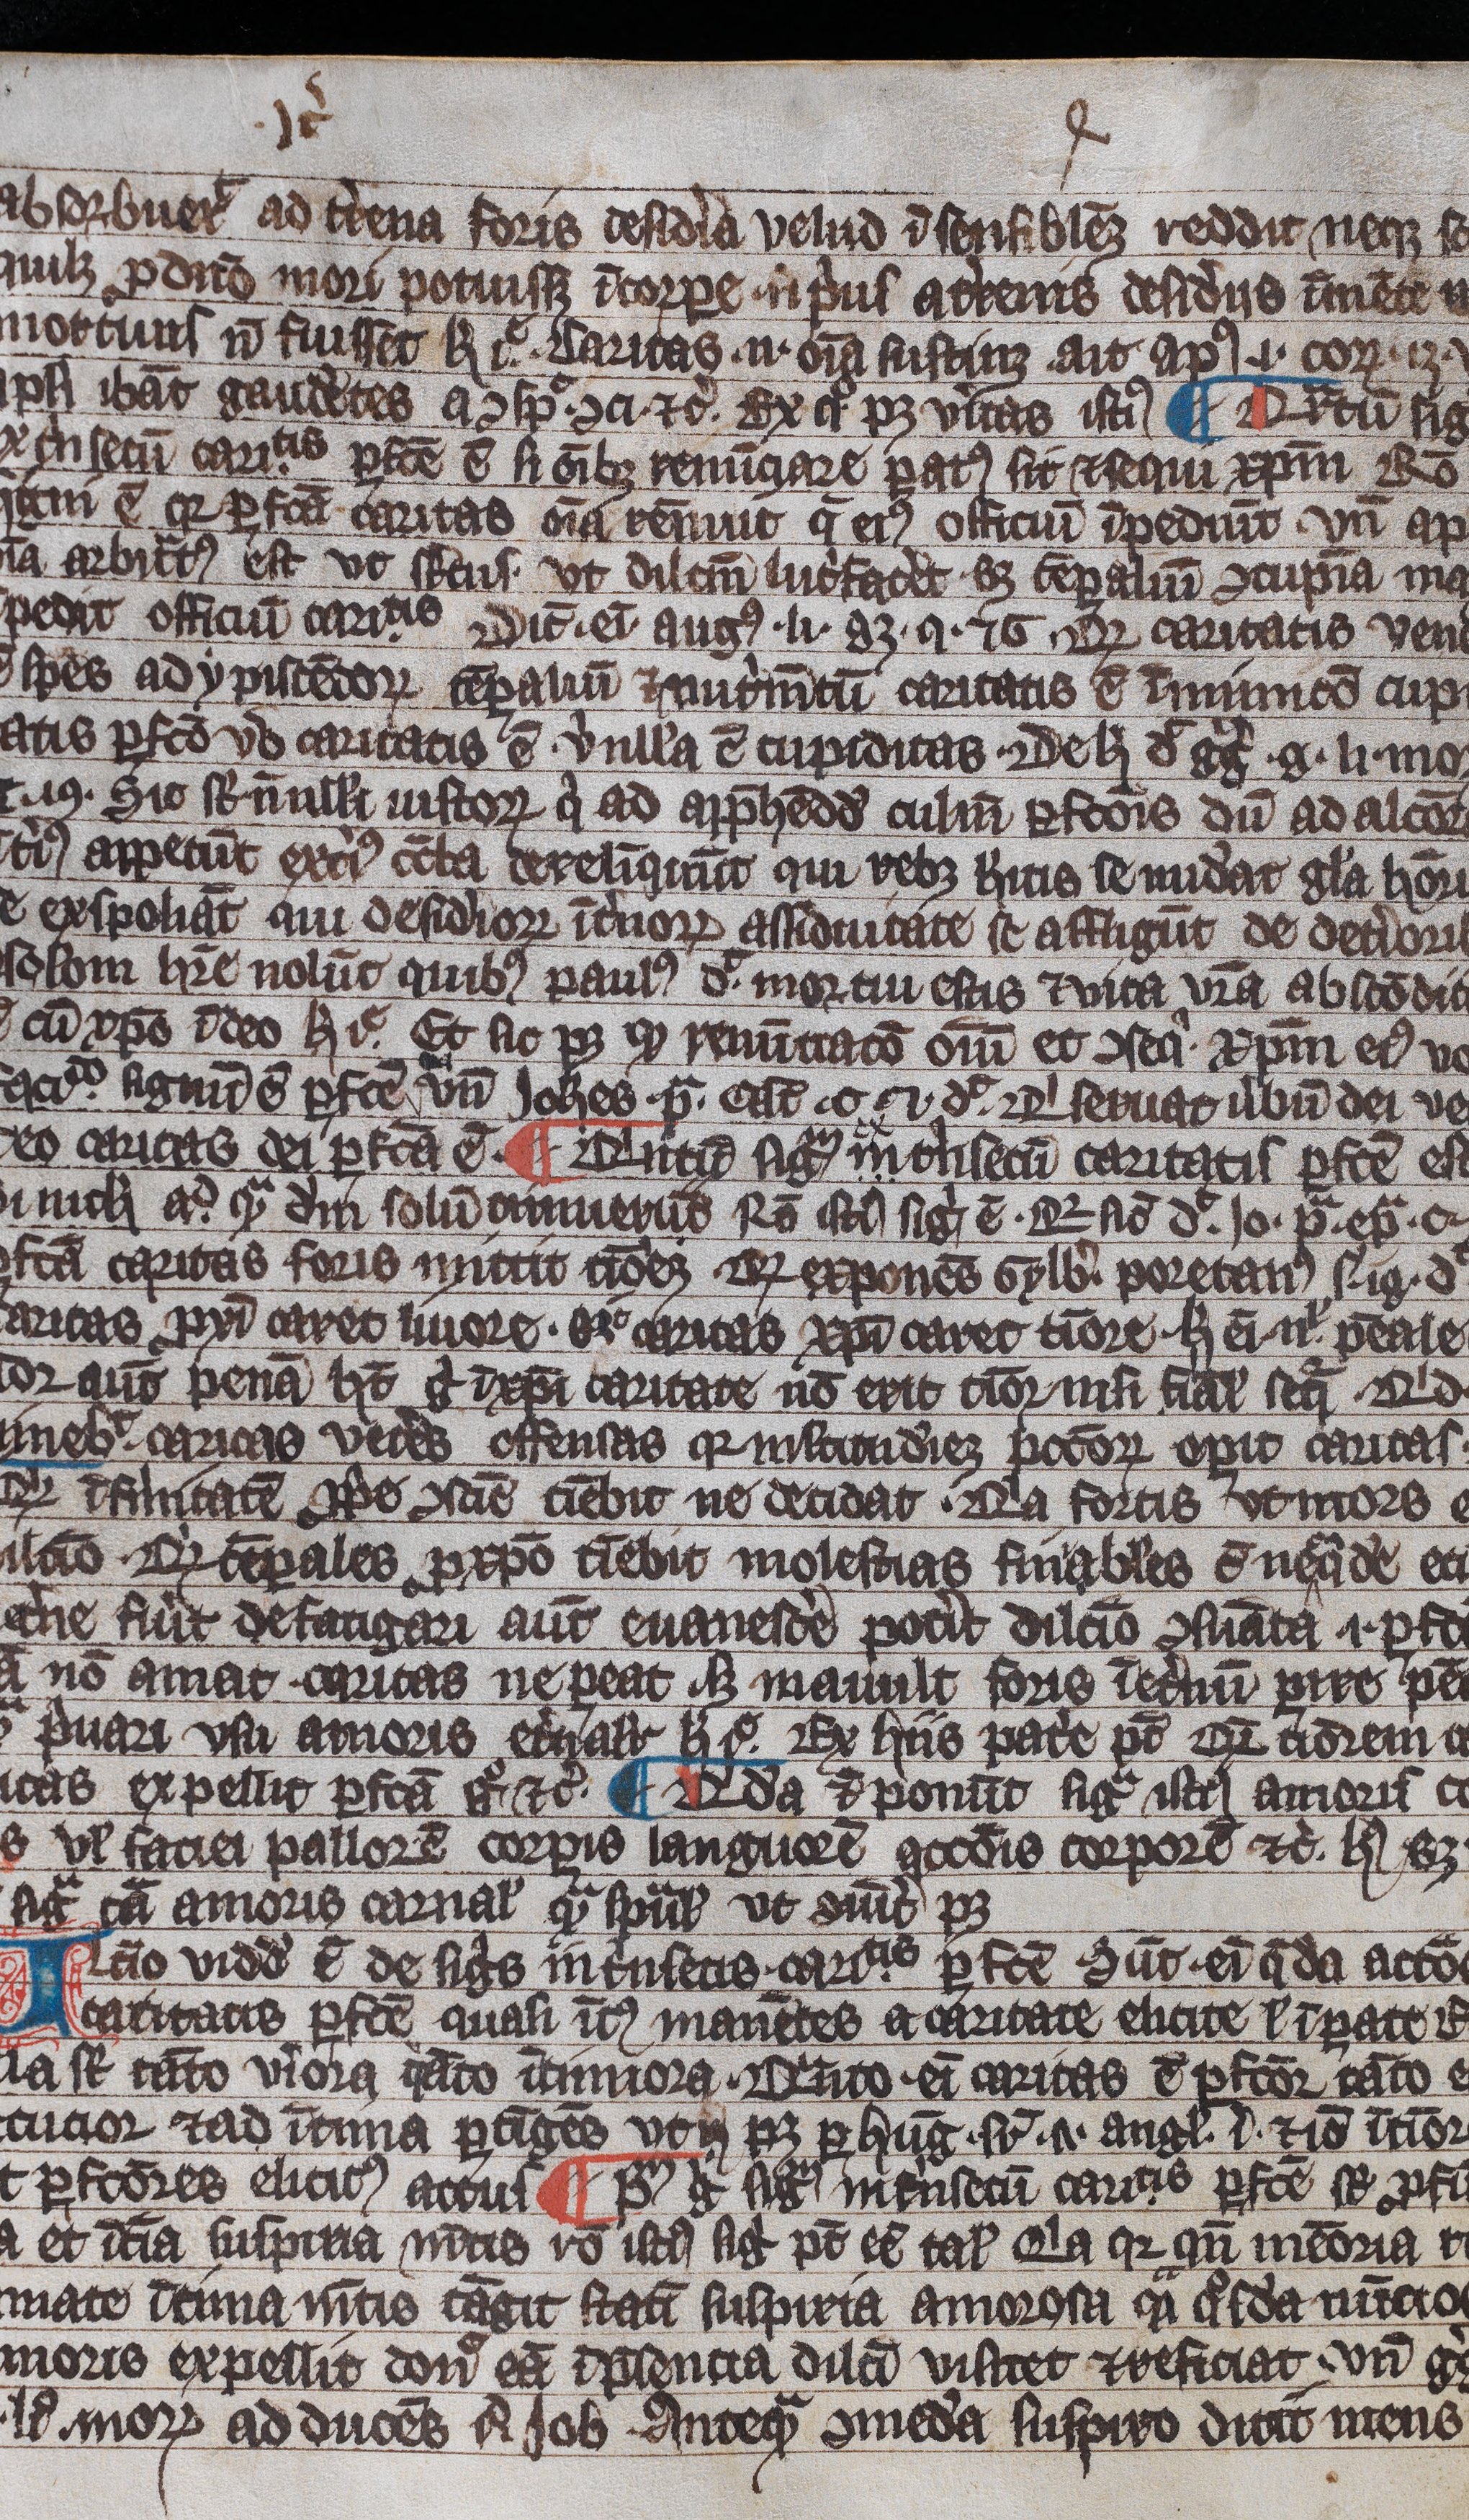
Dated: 1300–1399